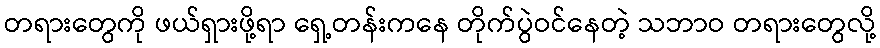
တရားတွေကို ဖယ်ရှားဖို့ရာ ရှေ့တန်းကနေ တိုက်ပွဲဝင်နေတဲ့ သဘာဝ တရားတွေလို့